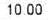
10.00